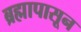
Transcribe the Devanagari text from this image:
ब्रह्मापासून